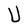
Character: U